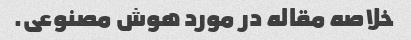
خلاصه مقاله در مورد هوش مصنوعی.